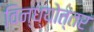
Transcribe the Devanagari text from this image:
विन्ध्योत्तर